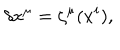
\delta x ^ { \mu } = \zeta ^ { \mu } ( x ^ { i } ) ,